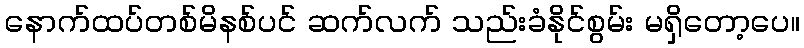
နောက်ထပ်တစ်မိနစ်ပင် ဆက်လက် သည်းခံနိုင်စွမ်း မရှိတော့ပေ။